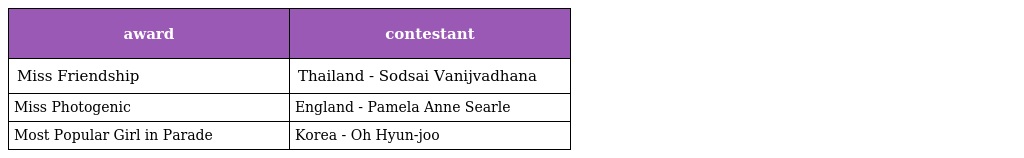
| award | contestant |
 | --- | --- |
 | Miss Friendship | Thailand - Sodsai Vanijvadhana |
 | Miss Photogenic | England - Pamela Anne Searle |
 | Most Popular Girl in Parade | Korea - Oh Hyun-joo |